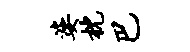
婆枕巴